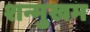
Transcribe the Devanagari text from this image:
शन्मुखम